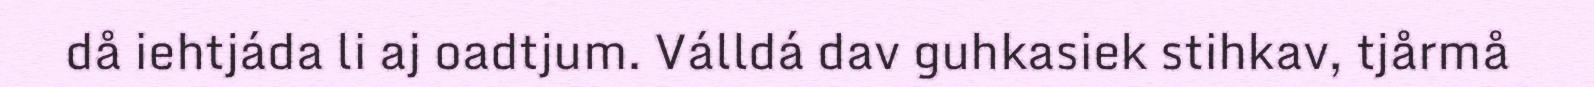
då iehtjáda li aj oadtjum. Válldá dav guhkasiek stihkav, tjårmå